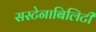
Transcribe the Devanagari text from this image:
सस्टेनाबिलिटी